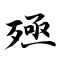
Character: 殛